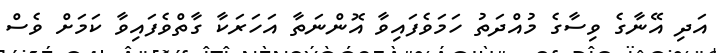
އަދި އޭނާގެ ވިސާގެ މުއްދަތު ހަމަވެފައިވާ އޮންނަތާ އަހަރަކާ ގާތްވެފައިވާ ކަމަށް ވެސް